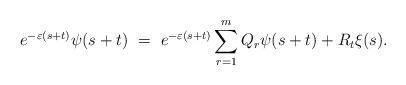
LaTeX: \begin{align*}e^{-\varepsilon (s+t)}\psi(s+t) \ = \ e^{-\varepsilon (s+t)}\sum_{r=1}^m Q_r \psi(s+t) + R_t\xi(s).\end{align*}